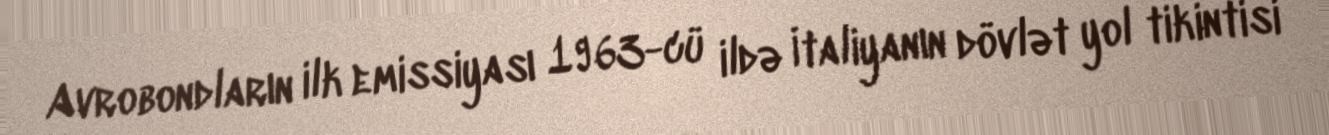
Avrobondların ilk emissiyası 1963-cü ildə İtaliyanın dövlət yol tikintisi